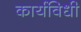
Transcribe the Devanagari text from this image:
कार्यविधी